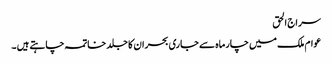
سراج الحق
عوام ملک میں چارماہ سے جاری بحران کا جلد خاتمہ چاہتے ہیں ۔